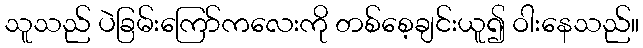
သူသည် ပဲခြမ်းကြော်ကလေးကို တစ်စေ့ချင်းယူ၍ ဝါးနေသည်။